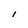
Character: I